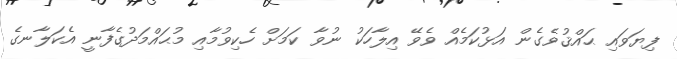
ފިޔަވައި ޙައްޤުވެގެން އަޅުކަމެއް ވެވޭ އިލާހަކު ނުވާ ކަމަށް ހެކިވުމާއި މުޙައްމަދުގެފާނީ އެކަލާނގެ